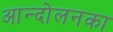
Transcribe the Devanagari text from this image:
आन्दोलनका